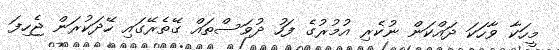
މީހަކާ ވާހަކަ ދައްކަން ނުކެރި އުމުރުގެ ފަހު ދުވަސްތައް ގޭތެރޭގައި ހޭދަކުރަން ޖެހިފަ